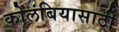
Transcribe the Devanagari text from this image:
कोलंबियासाठी